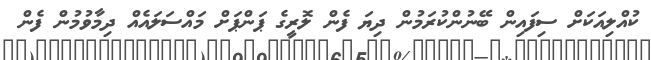
ކުއްލިއަކަށް ސިފައިން ބޭނުންކުރަމުން ދިޔަ ފެން ލޮރީގެ ޕަންޕަށް މައްސަލައެއް ދިމާވުމުން ފެން